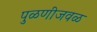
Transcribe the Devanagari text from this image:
पुळणीजवळ